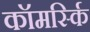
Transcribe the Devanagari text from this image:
कॉमर्स्कि